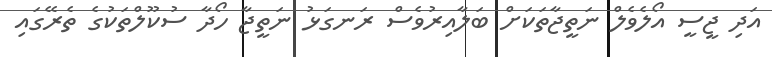
އަދި ޖީސީ އޯލެވެލް ނަތީޖާތަކަށް ބަލާއިރުވެސް ރަނގަޅު ނަތީޖާ ހޯދާ ސުކޫލްތަކުގެ ތެރޭގައި